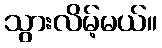
သွားလိမ့်မယ်။